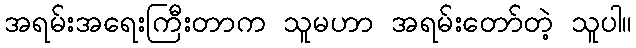
အရမ်းအရေးကြီးတာက သူမဟာ အရမ်းတော်တဲ့ သူပါ။